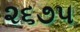
૨૬૭૫